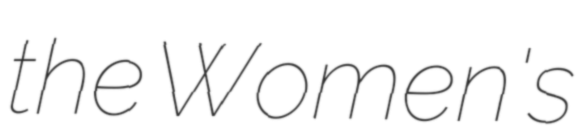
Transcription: the Women's